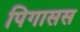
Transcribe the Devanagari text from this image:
पिगासस